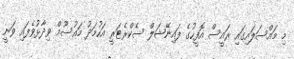
މި މައްސަލައިގައި ރައީސް އޮފީހުގެ ފައިނޭޝަލް ސެކްރެޓަރީ އަހުމަދު މައުސޫމް ވިދާޅުވެފައި ވަނީ